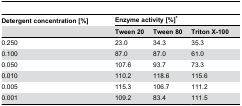
<table><thead><tr><td><b>Detergent concentration [%]</b></td><td colspan="3"><b>Enzyme activity [%]*</b></td></tr><tr><td></td><td><b>Tween 20</b></td><td><b>Tween 80</b></td><td><b>Triton X-100</b></td></tr></thead><tbody><tr><td>0.250</td><td>23.0</td><td>34.3</td><td>35.3</td></tr><tr><td>0.100</td><td>87.0</td><td>87.0</td><td>61.0</td></tr><tr><td>0.050</td><td>107.6</td><td>93.7</td><td>73.3</td></tr><tr><td>0.010</td><td>110.2</td><td>118.6</td><td>115.6</td></tr><tr><td>0.005</td><td>115.3</td><td>106.7</td><td>111.2</td></tr><tr><td>0.001</td><td>109.2</td><td>83.4</td><td>111.5</td></tr></tbody></table>